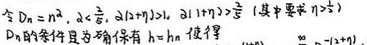
令 \(D_n = n^2\), \(a_k = k\), \(a_{2k + 1} = 3k\), \(a_{2k+2}=\frac{k}{2}\)（其中要求 \(k \geq \frac{1}{2}\)）。
\(D_n\)的条件是：对所有 \(h = n\) 使得